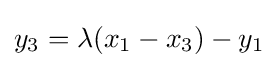
y_{3}=\lambda (x_{1}-x_{3})-y_{1}